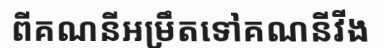
ពីគណនីអម្រឹតទៅគណនីវីង